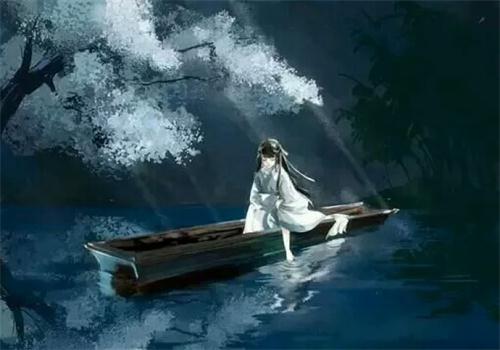
碧湖湖上柳阴阴，人影澄波浸，常记年时欢花饮。